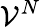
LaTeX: \mathcal{V}^{N}